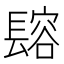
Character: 𨲟